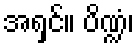
အရှင်။ ပိဏ္ဍံ၊